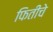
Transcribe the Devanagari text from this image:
फितीचे